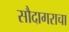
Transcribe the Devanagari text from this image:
सौदागराचा